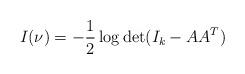
LaTeX: \begin{align*}I(\nu) = - \frac{1}{2} \log \mathrm{det}(I_k - AA^T)\end{align*}